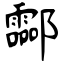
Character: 酃